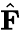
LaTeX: \hat{\mathbf{F}}